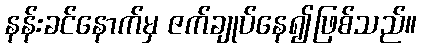
နန်းခင်နောက်မှ ဇက်ချုပ်နေ၍ဖြစ်သည်။